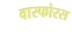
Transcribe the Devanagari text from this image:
वास्फोरस